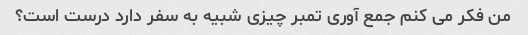
من فکر می کنم جمع آوری تمبر چیزی شبیه به سفر دارد درست است؟